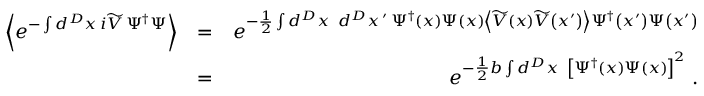
\begin{array} { r l r } { \left\langle e ^ { - \int d ^ { D } x \, i \widetilde { V } \, \Psi ^ { \dagger } \Psi } \right\rangle } & { = } & { e ^ { - \frac { 1 } { 2 } \int d ^ { D } x \, \, \, d ^ { D } x \, ^ { \prime } \, \Psi ^ { \dagger } \left( x \right) \Psi \left( x \right) \left\langle \widetilde { V } \left( x \right) \widetilde { V } \left( x ^ { \prime } \right) \right\rangle \Psi ^ { \dagger } \left( x ^ { \prime } \right) \Psi \left( x ^ { \prime } \right) } } \\ & { = } & { e ^ { - \frac { 1 } { 2 } b \int d ^ { D } x \, \, \, \left[ \Psi ^ { \dagger } \left( x \right) \Psi \left( x \right) \right] ^ { 2 } } \; . } \end{array}